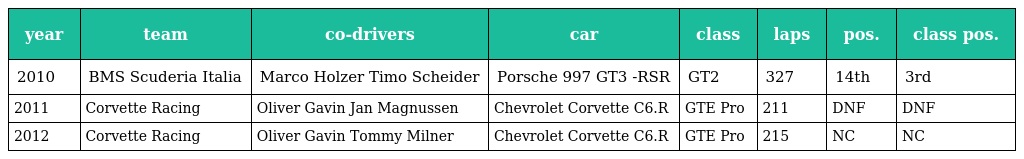
| year | team | co-drivers | car | class | laps | pos. | class pos. |
 | --- | --- | --- | --- | --- | --- | --- | --- |
 | 2010 | BMS Scuderia Italia | Marco Holzer Timo Scheider | Porsche 997 GT3 -RSR | GT2 | 327 | 14th | 3rd |
 | 2011 | Corvette Racing | Oliver Gavin Jan Magnussen | Chevrolet Corvette C6.R | GTE Pro | 211 | DNF | DNF |
 | 2012 | Corvette Racing | Oliver Gavin Tommy Milner | Chevrolet Corvette C6.R | GTE Pro | 215 | NC | NC |